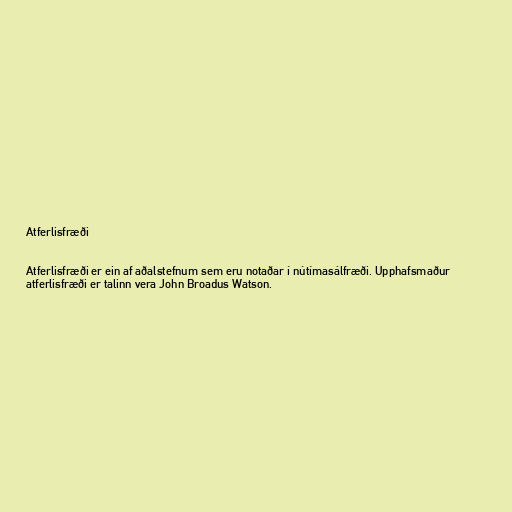
Atferlisfræði

Atferlisfræði er ein af aðalstefnum sem eru notaðar í nútímasálfræði. Upphafsmaður
atferlisfræði er talinn vera John Broadus Watson.